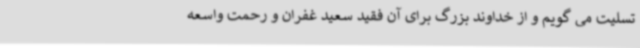
تسلیت می گویم و از خداوند بزرگ برای آن فقید سعید غفران و رحمت واسعه